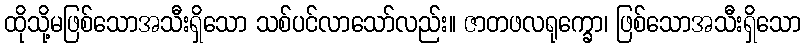
ထိုသို့မဖြစ်သောအသီးရှိသော သစ်ပင်လာသော်လည်း။ ဇာတဖလရုက္ခော၊ ဖြစ်သောအသီးရှိသော